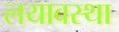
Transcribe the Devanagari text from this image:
लयावस्था